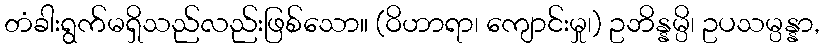
တံခါးရွက်မရှိသည်လည်းဖြစ်သော။ (ဝိဟာရာ၊ ကျောင်းမှု၊) ဥဘိန္နမ္ပိ၊ ဥပသမ္ပန္နာ,